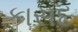
કાસદ